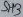
Text: SH3